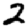
Digit: 2